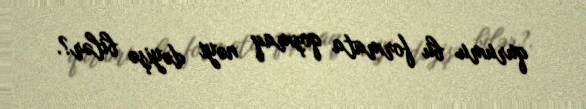
qurumu bu formata qoşmaq nəyi dəyişə bilər?.